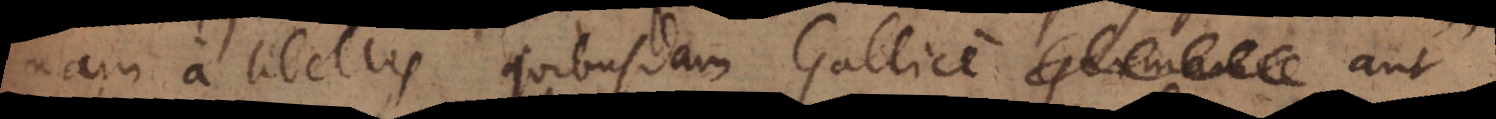
nam a libellis quibusdam Gallice Germ